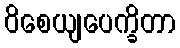
ဝိစေယျပေက္ခိတာ